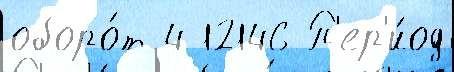
оборо́т 4 12146 П'ер'и́од